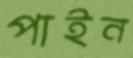
পাইন